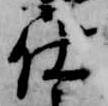
仕